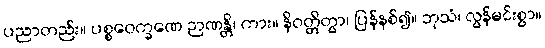
ပညာတည်း။ ပစ္စဝေက္ခဏေ ဉာဏန္တိ၊ ကား။ နိဝတ္တိတွာ၊ ပြန်နစ်၍။ ဘုသံ၊ လွန်မင်းစွာ။